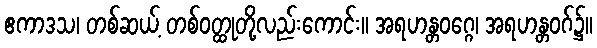
ဧကာဒသ၊ တစ်ဆယ့် တစ်ဝတ္ထုတို့လည်းကောင်း။ အရဟန္တဝဂ္ဂေ၊ အရဟန္တဝဂ်၌။